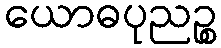
ယောဓပုညဉ္စ